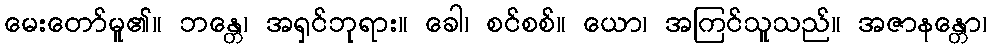
မေးတော်မူ၏။ ဘန္တေ၊ အရှင်ဘုရား။ ခေါ၊ စင်စစ်။ ယော၊ အကြင်သူသည်။ အဇာနန္တော၊